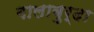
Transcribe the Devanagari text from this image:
गालाबुर्दा